Calcutta medical institutions reports 1879-81 [i.e.91]
Year: 1879
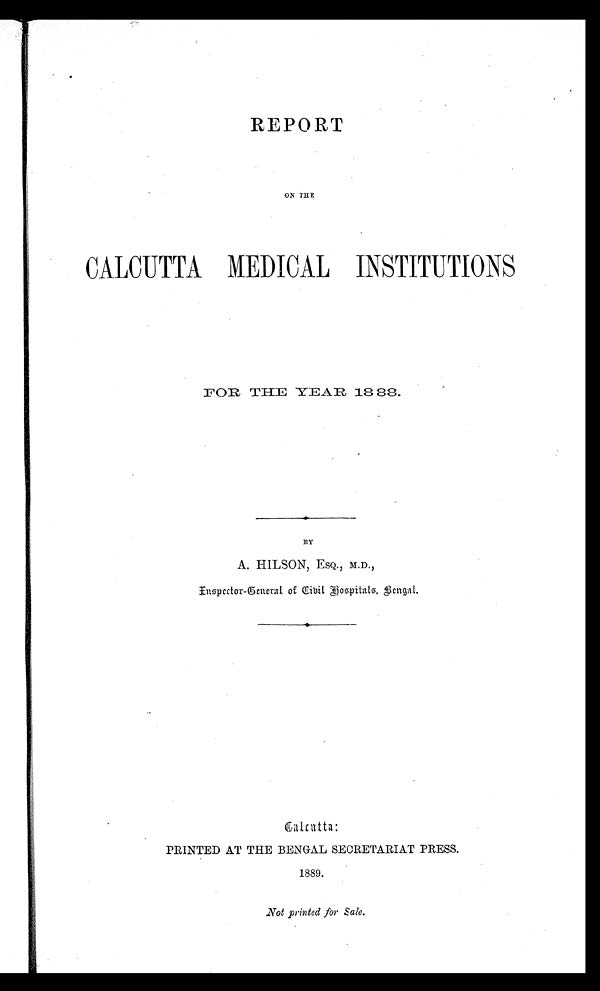
REPORT
ON THE
CALCUTTA MEDICAL INSTITUTIONS
FOR THE YEAR 1888.
BY
A. HILSON, ESQ., M.D.,
Inspector-General of Civil Hospitals, Bengal.
Calcutta:
PRINTED AT THE BENGAL SECRETARIAT PRESS.
1889.
Not printed for Sale.